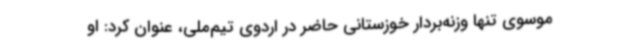
موسوی تنها وزنه‌بردار خوزستانی حاضر در اردوی تیم‌ملی، عنوان کرد: او